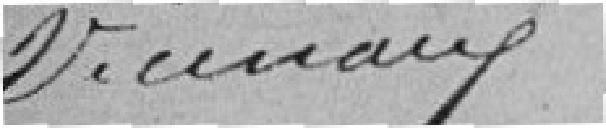
vicinaux